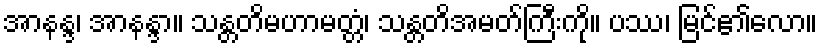
အာနန္ဒ၊ အာနန္ဒာ။ သန္တတိမဟာမတ္တံ၊ သန္တတိအမတ်ကြီးကို။ ပဿ၊ မြင်၏လော။